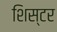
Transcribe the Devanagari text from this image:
शिस्टर